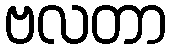
ဗလတာ